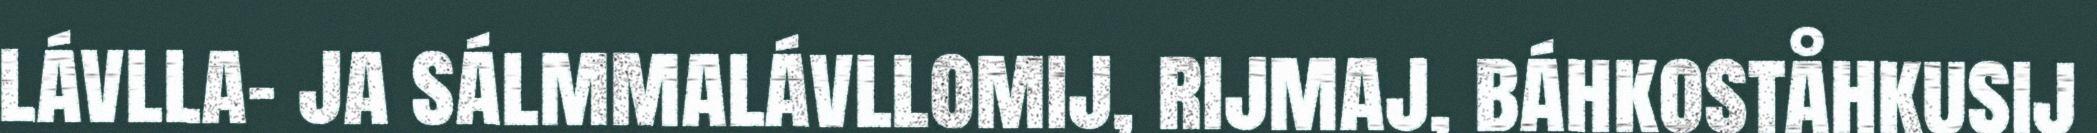
lávlla- ja sálmmalávllomij, rijmaj, báhkoståhkusij